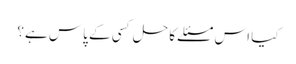
کیا اس مسئلے کا حل کسی کے پاس ہے؟